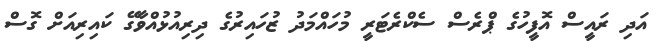
އަދި ރައީސް އޮފީހުގެ ޕްރެސް ސެކްރެޓަރީ މުހައްމަދު ޒުހައިރުގެ ދިރިއުޅުއްވާގޭ ކައިރިއަށް ގޮސް